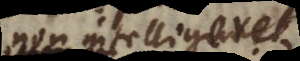
non intelligeret